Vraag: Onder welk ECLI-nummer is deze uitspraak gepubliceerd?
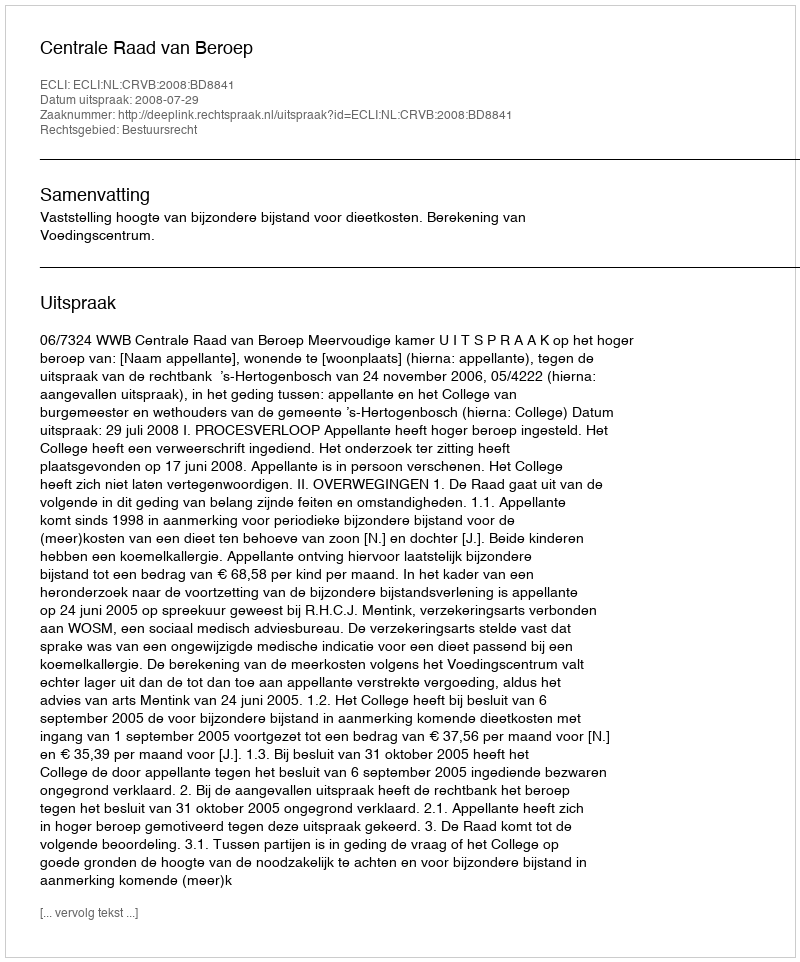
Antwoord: ECLI:NL:CRVB:2008:BD8841